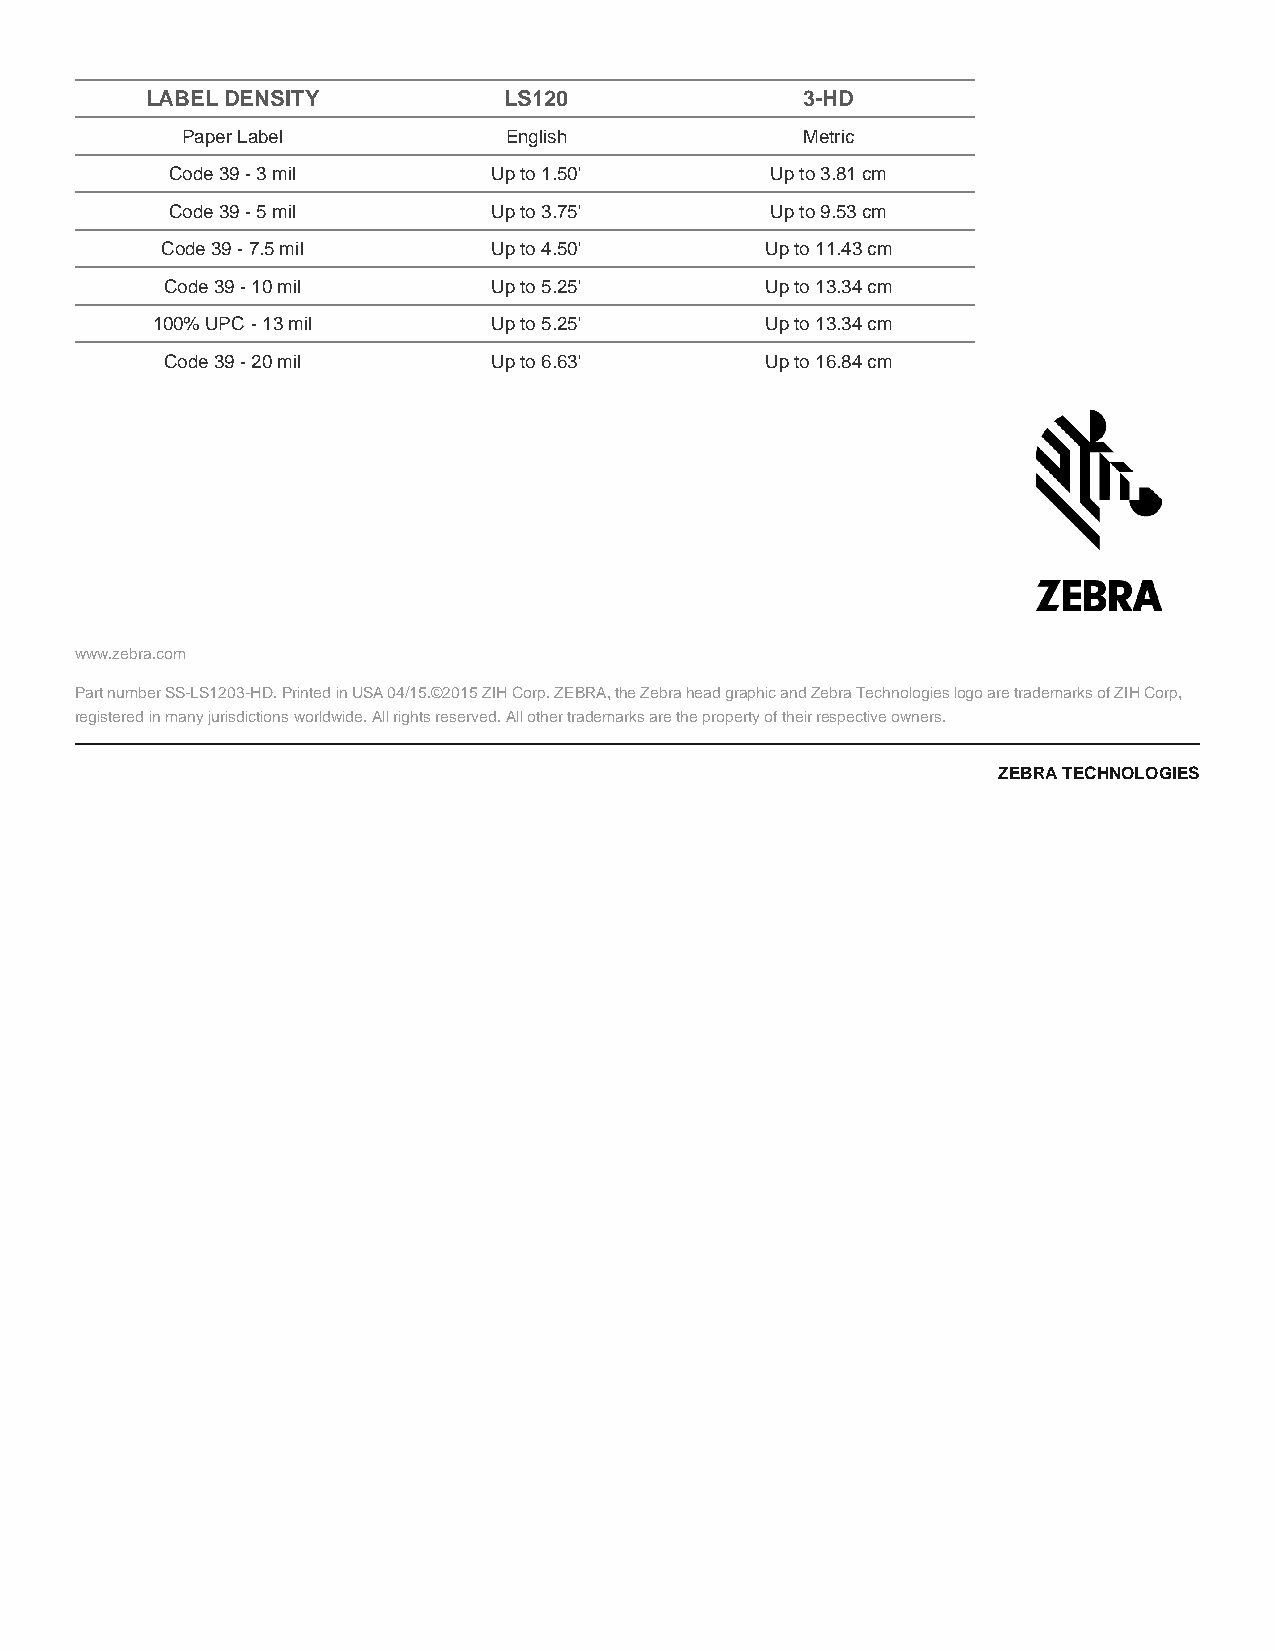
LABEL DENSITY          LS120               3-HD
 Paper Label          English             Metric
 Code 39 - 3 mil       Up to 1.50'       Up to 3.81 cm
 Code 39 - 5 mil       Up to 3.75'       Up to 9.53 cm
 Code 39 - 7.5 mil     Up to 4.50'       Up to 11.43 cm
 Code 39 - 10 mil      Up to 5.25'       Up to 13.34 cm
 100% UPC - 13 mil      Up to 5.25'       Up to 13.34 cm
 Code 39 - 20 mil      Up to 6.63'       Up to 16.84 cm
 www.zebra.com
 Part number SS-LS1203-HD. Printed in USA 04/15.©2015 ZIH Corp. ZEBRA, the Zebra head graphic and Zebra Technologies logo are trademarks of ZIH Corp,
 registered in many jurisdictions worldwide. All rights reserved. All other trademarks are the property of their respective owners.
 ZEBRA TECHNOLOGIES